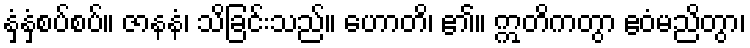
နှံ့နှံ့စပ်စပ်။ ဇာနနံ၊ သိခြင်းသည်။ ဟောတိ၊ ၏။ ဣတိကတွာ ဧဝံမညိတွာ၊